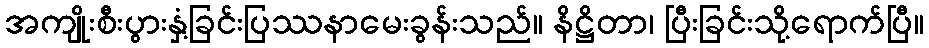
အကျိုးစီးပွားနှံ့ခြင်းပြဿနာမေးခွန်းသည်။ နိဋ္ဌိတာ၊ ပြီးခြင်းသို့ရောက်ပြီ။